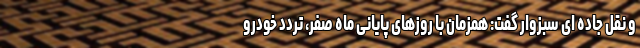
و نقل جاده ای سبزوار گفت: همزمان با روزهای پایانی ماه صفر، تردد خودرو